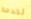
لخدمة